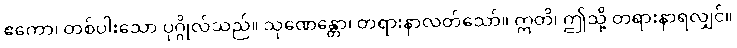
ဧကော၊ တစ်ပါးသော ပုဂ္ဂိုလ်သည်။ သုဏေန္တော၊ တရားနာလတ်သော်။ ဣတိ၊ ဤသို့ တရားနာရလျှင်။